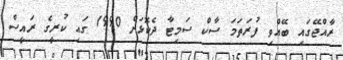
ރާއްޖޭގައި ބޭއްވި ފުރަތަމަ ސާކް ސަމިޓާ ދެކޮޅަށް 1990 ގައި ކުރީގެ ރައީސް